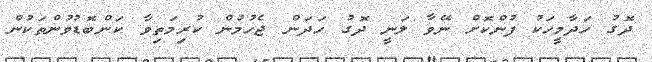
ދޮގު ހަދާމީހަކު ފުންކޮށް ނޭވާ ލަނީ ދޮގު ހަދަން ޖެހުމުން ކުރިމަތިވާ ކަންބޮޑުވުންތަކުން